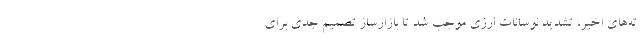
ته‌های اخیر، تشدید نوسانات ارزی موجب شد تا بازارساز تصمیم جدی برای